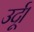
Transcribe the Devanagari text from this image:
उर्दू।